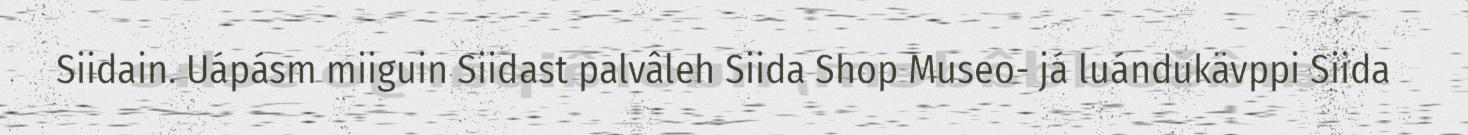
Siidain. Uápásm miiguin Siidast palvâleh Siida Shop Museo- já luándukävppi Siida